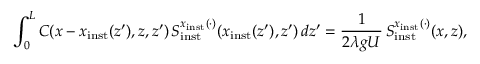
\int _ { 0 } ^ { L } C ( x - x _ { \mathrm { i n s t } } ( z ^ { \prime } ) , z , z ^ { \prime } ) \, S _ { \mathrm { i n s t } } ^ { x _ { \mathrm { i n s t } } ( \cdot ) } ( x _ { \mathrm { i n s t } } ( z ^ { \prime } ) , z ^ { \prime } ) \, d z ^ { \prime } = \frac { 1 } { 2 \lambda g U } \, S _ { \mathrm { i n s t } } ^ { x _ { \mathrm { i n s t } } ( \cdot ) } ( x , z ) ,